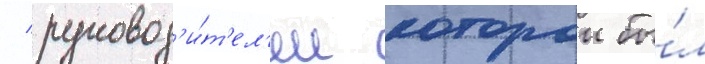
/ руковод'и́т'ел'ем которои бы́л